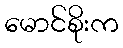
မောင်စိုးက